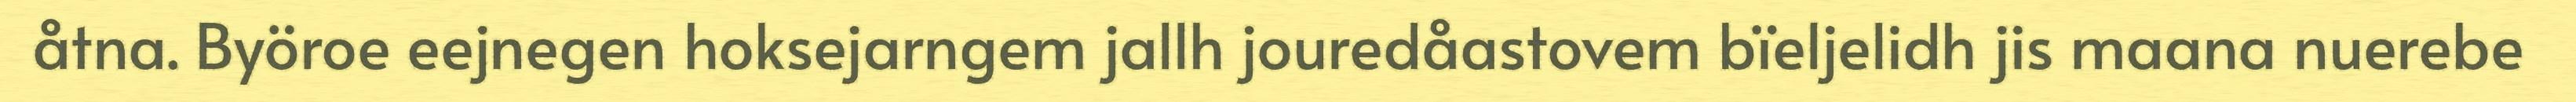
åtna. Byöroe eejnegen hoksejarngem jallh jouredåastovem bïeljelidh jis maana nuerebe